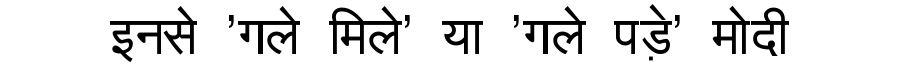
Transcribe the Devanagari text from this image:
इनसे 'गले मिले' या 'गले पड़े' मोदी